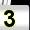
Digit: 3